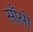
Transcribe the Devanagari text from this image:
साँसो